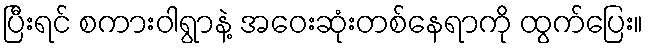
ပြီးရင် စကားဝါရွာနဲ့ အဝေးဆုံးတစ်နေရာကို ထွက်ပြေး။